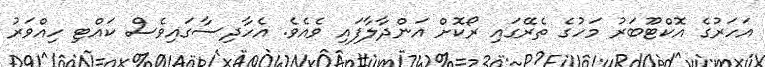
އަހަރުގެ އޮކްޓޫބަރު މަހުގެ ތެރޭގައި ރޯކޮށް އަންދާލާފައި ވެއެވެ. އެހާދިސާގައިވެސް ކައްޓި ހިއްވަރު